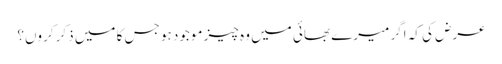
عرض کی کہ اگر میرے بھائی میں وہ چیز موجود ہو جس کا میں ذکر کروں؟